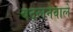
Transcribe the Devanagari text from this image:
बदलनेवाले